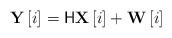
LaTeX: \begin{align*}{\bf{Y}}\left[ i \right] = \mathsf{H}{\bf{X}}\left[ i \right] + {\bf{W}}\left[ i \right]\end{align*}